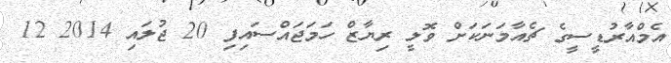
އެމްއާރުޑީސީގެ ޗެއާމަނަކަށް ވޮލީ ރިޔާޒް ހަމަޖައްސައިފި 20 ޖުލައި 2014 12